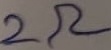
Text: 2Ω